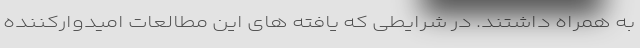
به همراه داشتند. در شرایطی که یافته های این مطالعات امیدوارکننده